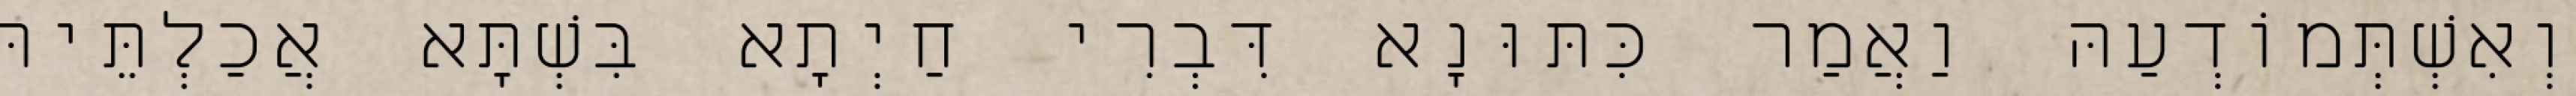
וְאִשְׁתְּמוֹדְעַהּ וַאֲמַר כִּתּוּנָא דִּבְרִי חַיְתָא בִּשְׁתָּא אֲכַלְתֵּיהּ